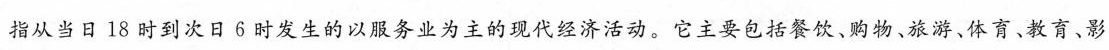
指从当日18时到次日6时发生的以服务业为主的现代经济活动。它主要包括餐饮、购物、旅游、体育、教育、影